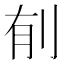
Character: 𮰌